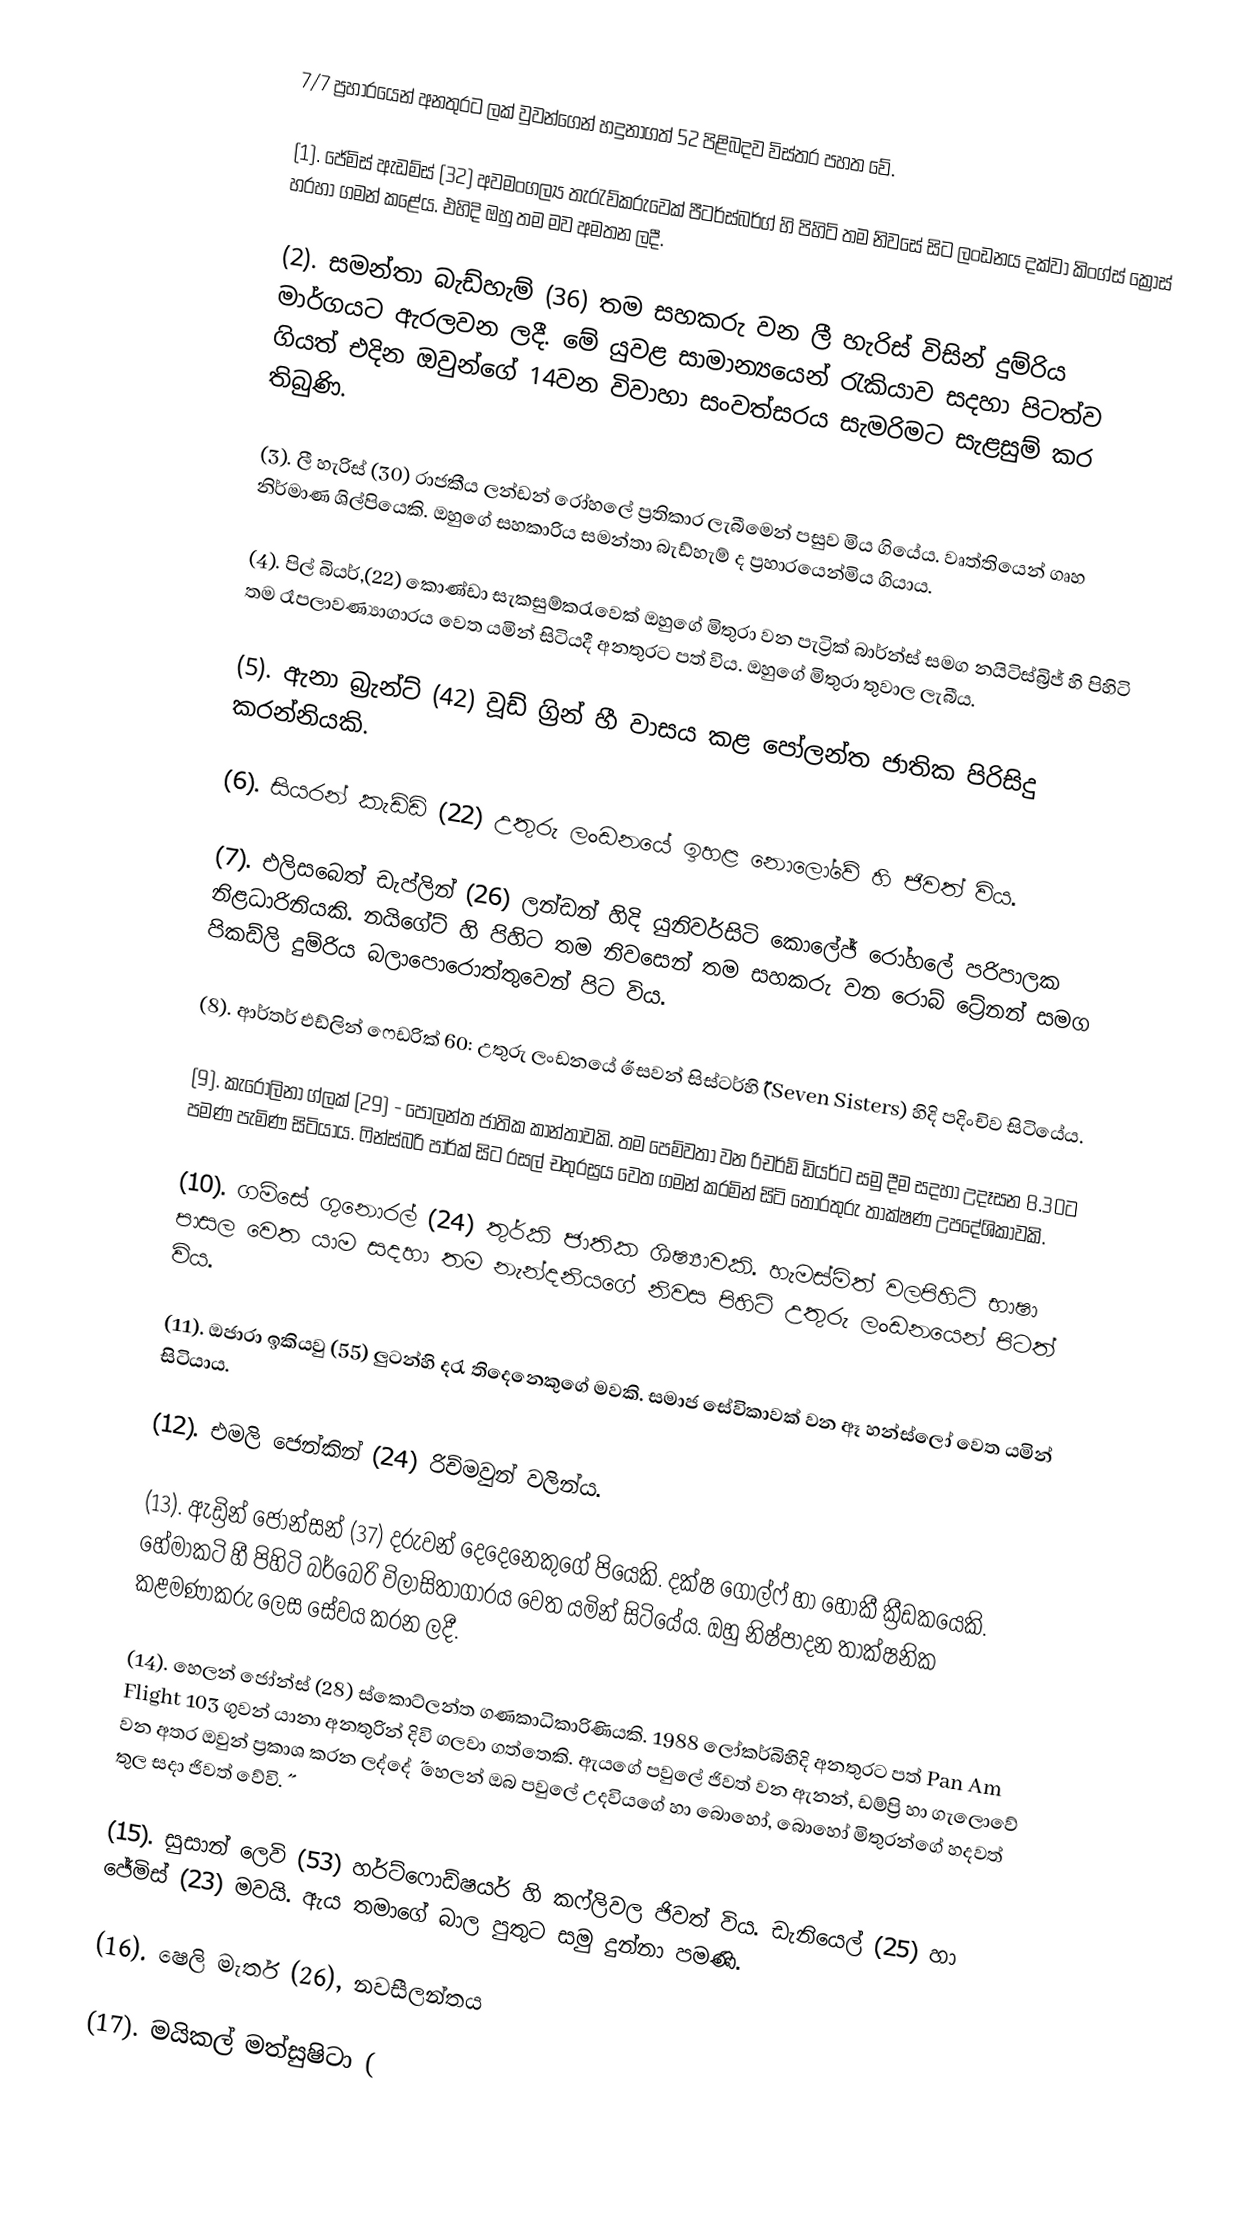
7/7 ප්‍රහාරයෙන් අනතුරට ලක් වුවන්ගෙන් හදුනාගත් 52 පිළිබදව විස්තර පහත වේ.

(1).	ජේමිස්  ඇඩම්ස් (32) අවමංගල්‍ය තැරැව්කරුවෙක් පීටර්ස්බර්ග් හි පිහිටි තම නිවසේ සිට ලංඩනය දක්වා කිංග්ස් ක්‍රොස් හරහා ගමන් කළේය. එහිදි ඔහු තම මව අමතන ලදී.

(2).	සමන්තා බැඩ්හැම් (36) තම සහකරු වන ලී හැරිස් විසින් දුම්රිය මාර්ගයට ඇරලවන ලදී. මේ යුවළ සාමාන්‍යයෙන් රැකියාව සදහා පිටත්ව ගියත් එදින ඔවුන්ගේ 14වන විවාහා සංවත්සරය  සැමරිමට සැළසුම් කර තිබුණි.

(3).	ලී හැරිස් (30) රාජකීය ලන්ඩන් රෝහලේ ප්‍රතිකාර ලැබීමෙන් පසුව මිය ගියේය. වෘත්තියෙන් ගෘහ නිර්මාණ ශිල්පියෙකි. ඔහුගේ සහකාරිය සමන්තා බැඩ්හැම් ද ප්‍රහාරයෙන්මිය ගියාය.

(4).	පිල් බියර්,(22) කොණ්ඩා සැකසුම්කරැවෙක් ඔහුගේ මිතුරා වන පැට්‍රික් බාර්න්ස් සමග නයිටිස්බ්‍රිජ් හි පිහිටි තම රෑපලාවණ්‍යාගාරය වෙත යමින් සිටියදී අනතුරට පත් විය. ඔහුගේ මිතුරා තුවාල ලැබීය.

(5).	ඇනා බ්‍රැන්ට් (42) වූඩ් ග්‍රින් හී වාසය කළ පෝලන්ත ජාතික පිරිසිදු කරන්නියකි.

(6).	සියරන් කැඩ්ඩි (22) උතුරු ලංඩනයේ ඉහළ නොලෝවේ හි ජිවත් විය. ‍

(7).	එලිසබෙත් ඩැප්ලින් (26) ලන්ඩන් හිදි යුනිවර්සිටි කොලේජ් රෝහලේ පරිපාලක නිළධාරිනියකි. නයිගේට් හි පිහිට තම නිවසෙන් තම සහකරු වන රොබ් ට්‍රේනන් සමග  පිකඩ්ලි දුම්රිය බලාපොරොත්තුවෙන් පිට විය.

(8).	ආර්තර් එඩ්ලින් ෆෙඩරික් 60: උතුරු ලංඩනයේ ˝සෙවන් සිස්ටර්හි˝ (Seven Sisters) හිදි පදිංචිව සිටියේය.

(9).	කැරොලිනා ග්ලක් (29) - පොලන්ත ජාතික කාන්තාවකි. තම පෙම්වතා වන රිචර්ඩ් ඩියර්ට සමු දීම සදහා උදෑසන 8.30ට පමණ පැමිණ සිටියාය. ෆින්ස්බරි පාර්ක් සිට රසල් චතුරස්‍රය වෙත ගමන් කරමින් සිටි තොරතුරු තාක්ෂණ උපදේශිකාවකි.

(10).	 ගම්සේ ගුනොරල් (24) තුර්කි ජාතික ශිෂ්‍යාවකි. හැමස්මිත් වලපිහිටි භාෂා පාසල වෙත යාම සදහා තම නැන්දනියගේ නිවස පිහිටි උතුරු ලංඩනයෙන් පිටත් විය.

(11).	ඔජාරා ඉකියවු (55) ලුටන්හි දරැ තිදෙනෙකුගේ  මවකි.  සමාජ සේවිකාවක් වන ඈ හන්ස්ලෝ වෙත යමින් සිටියාය.

(12).	එමලි ජෙන්කින් (24) රිච්මවුන් වලින්ය.

(13).	ඇඩ්‍රින් ජොන්සන් (37) දරුවන් දෙදෙනෙකුගේ පියෙකි. දක්ෂ ගෝල්ෆ් හා හොකී ක්‍රීඩකයෙකි. හේමාකටි හී පිහිටි බර්බෙරි විලාසිතාගාරය  වෙත යමින් සිටියේය. ඔහු නිෂ්පාදන තාක්ෂනික කළමණාකරු ලෙස සේවය කරන ලදී.

(14).	 හෙලන් ජෝන්ස් (28) ස්කොට්ලන්ත ගණකාධිකාරිණියකි. 1988 ලෝකර්බිහිදි අනතුරට පත් Pan Am Flight 103 ගුවන් යානා අනතුරින් දිවි ගලවා ගත්තෙකි. ඇයගේ පවුලේ ජිවත් වන ඇනන්, ඩම්ප්‍රි හා ගැලොවේ වන අතර ඔවුන් ප්‍රකාශ කරන ලද්දේ ˝ හෙලන් ඔබ පවුලේ උදවියගේ හා බොහෝ, බොහෝ මිතුරන්ගේ හදවත් තුල සදා ජිවත් වේවි.˝

(15).	සුසාන් ලෙවි (53) හර්ට්ෆොඩ්ෂයර් හි ක‍ෆ්ලිවල ජිවත් විය. ඩැනියෙල් (25) හා ජේමිස් (23) මවයි. ඇය තමාගේ බාල පුතුට සමු දුන්නා පමණි.

(16).	 ෂෙලි මැතර් (26), නවසීලන්තය

(17).	 මයිකල් මත්සුෂිටා (